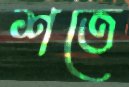
শতে